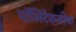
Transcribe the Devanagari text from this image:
पॉलिटेकनीक